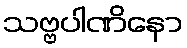
သဗ္ဗပါဏိနော